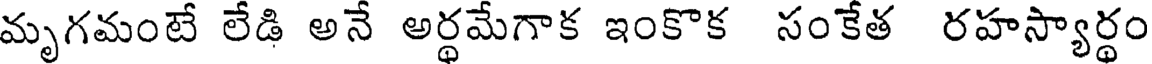
మృగమంటే లేడి అనే అర్థమేగాక ఇంకొక సంకేత రహస్యార్థం